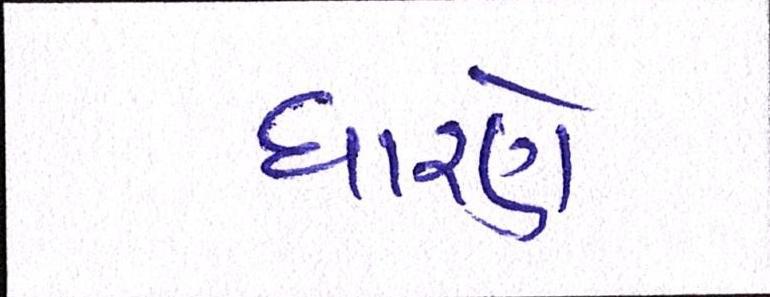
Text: ધારણે